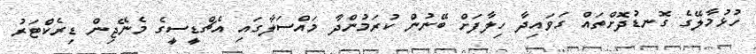
ހުޅުމާލޭގެ ގޮނޑުދޮށްތައް ގަވައިދާ ހިލާފަށް ބޭނުން ކުރަމުންދާ މައްސަލާގައި އެޗްޑީސީގެ މެނޭޖިން ޑިރެކްޓަރު